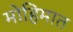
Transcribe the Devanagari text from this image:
मोहिमात